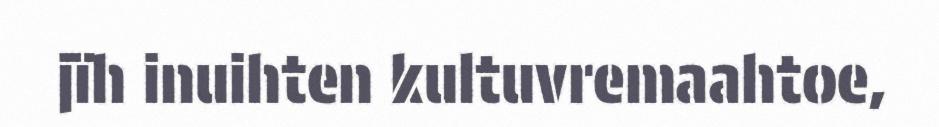
jïh inuihten kultuvremaahtoe,